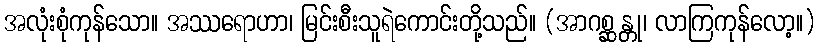
အလုံးစုံကုန်သော။ အဿရောဟာ၊ မြင်းစီးသူရဲကောင်းတို့သည်။ (အာဂစ္ဆန္တု၊ လာကြကုန်လော့။)